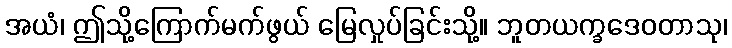
အယံ၊ ဤသို့ကြောက်မက်ဖွယ် မြေလှုပ်ခြင်းသို့။ ဘူတယက္ခဒေဝတာသု၊